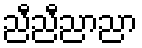
ညီညီညာညာ